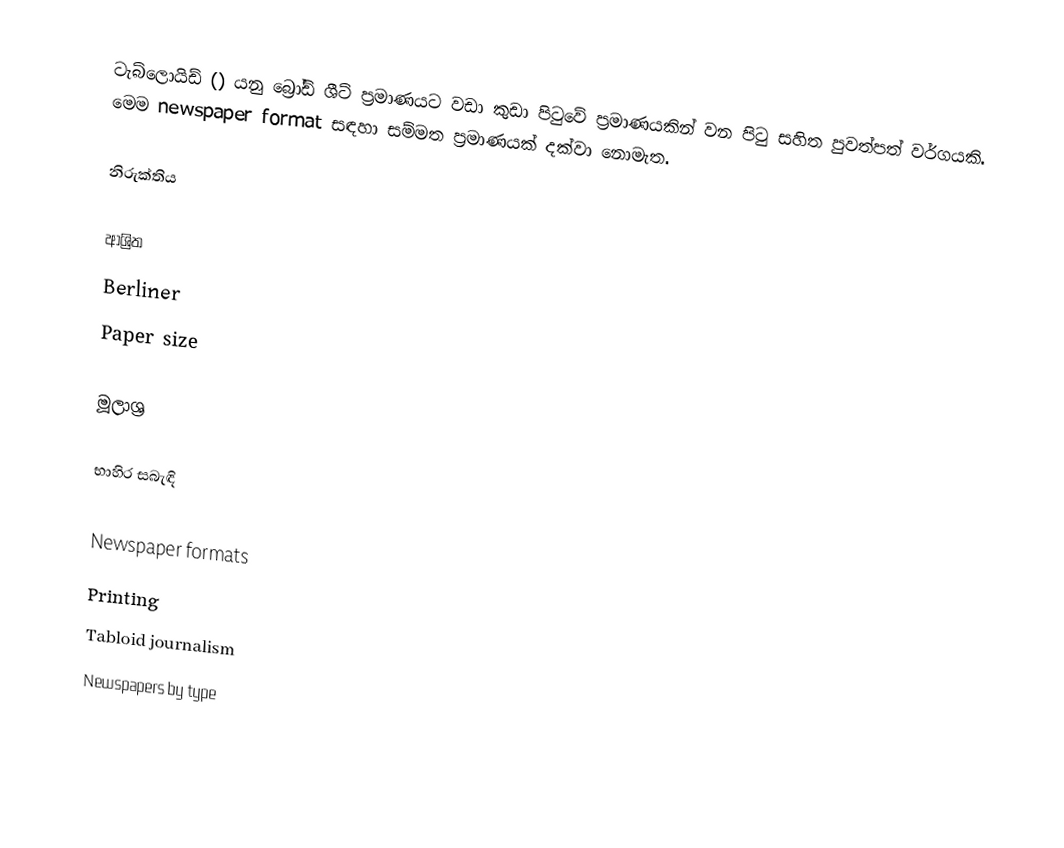
ටැබ්ලොයිඩ් () යනු බ්‍රෝඩ් ශීට් ප්‍රමාණයට වඩා කුඩා පිටුවේ ප්‍රමාණයකින් වන පිටු සහිත පුවත්පත් වර්ගයකි. මෙම newspaper format සඳහා සම්මත ප්‍රමාණයක් දක්වා නොමැත.

නිරුක්තිය

ආශ්‍රිත
 Berliner
 Paper size

මූලාශ්‍ර

භාහිර සබැඳි

Newspaper formats
Printing
Tabloid journalism
Newspapers by type